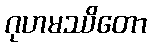
ဂုဟမဿိတော